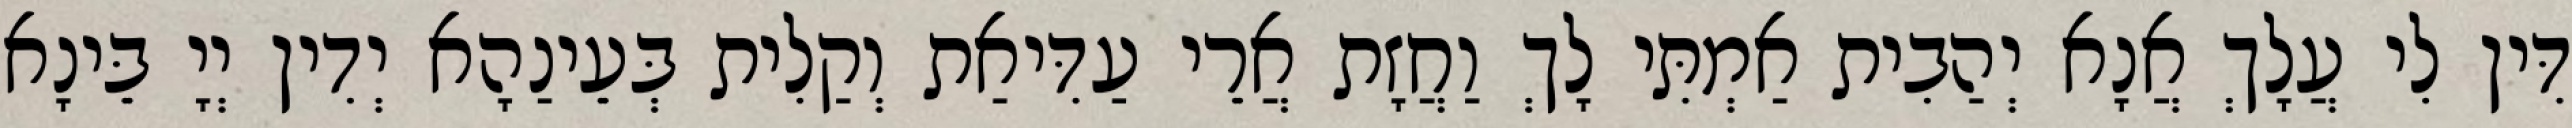
דִּין לִי עֲלָךְ אֲנָא יְהַבִית אַמְתִּי לָךְ וַחֲזָת אֲרֵי עַדִּיאַת וְקַלִית בְּעֵינַהָא יְדִין יְיָ בֵּינָא